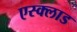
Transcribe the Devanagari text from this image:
एस्क्लाड